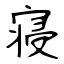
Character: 寝